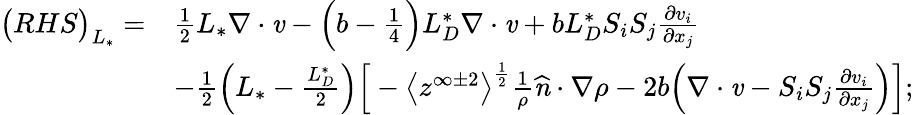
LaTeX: \begin{array}{rl}{\big(RHS\big)_{L_{*}}=}&{\frac{1}{2}{L_{*}}\mathbf{\nabla}\cdot\textbf{\emph{v}}-\Big(b-\frac{1}{4}\Big){L_{D}^{*}}\mathbf{\nabla}\cdot\textbf{\emph{v}}+b{L_{D}^{*}}S_{i}S_{j}\frac{\partial v_{i}}{\partial x_{j}}}\\ &{-\frac{1}{2}\Big({L_{*}}-\frac{L_{D}^{*}}{2}\Big)\Big[-\big<z^{\infty\pm 2}\big>^{\frac{1}{2}}\frac{1}{\rho}\textbf{\emph{\^ n}}\cdot\mathbf{\nabla}\rho-2b\Big(\mathbf{\nabla}\cdot\textbf{\emph{v}}-S_{i}S_{j}\frac{\partial v_{i}}{\partial x_{j}}\Big)\Big];}\end{array}